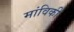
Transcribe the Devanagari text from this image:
मांविकी